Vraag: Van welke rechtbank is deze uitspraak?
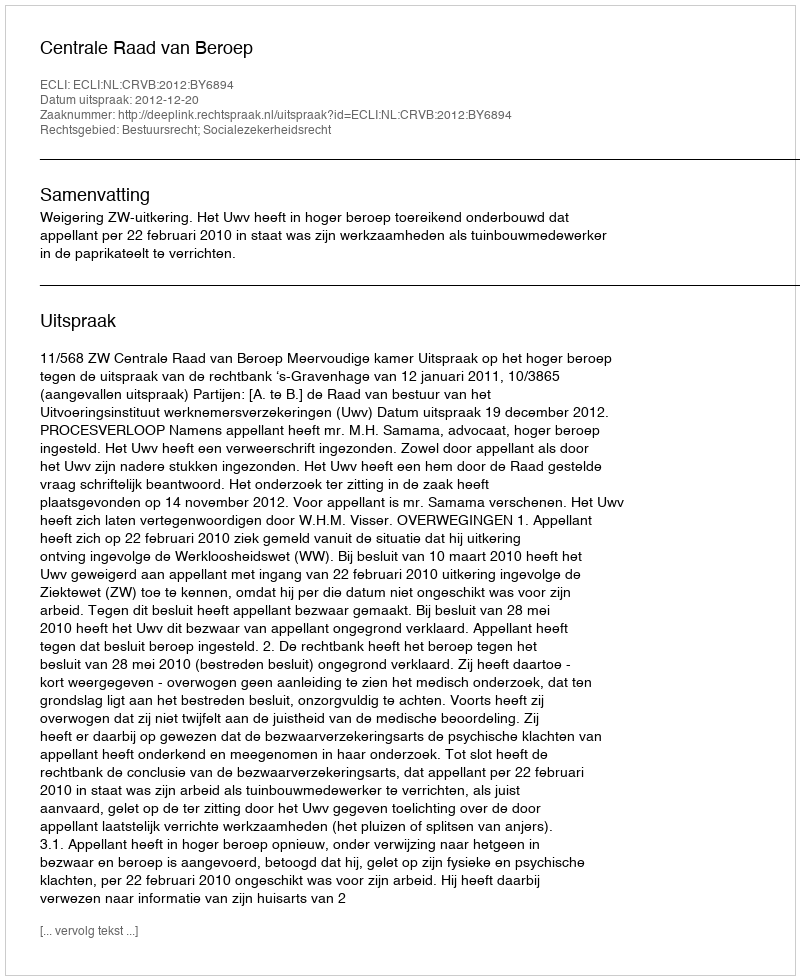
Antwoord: Centrale Raad van Beroep